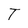
Character: T